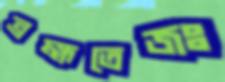
ব্রহ্মতেজঃ